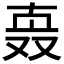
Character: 𰅹